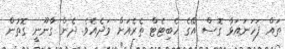
ތައް ފަހަނައަޅާ ގޮސް އޭގެ ހެބިޓެޓް ތެރެއަށް ވަދެއެވެ. ދެން ގާނޫނީ ގޮތުން